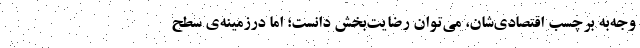
وجه‌به برچسب اقتصادی‌شان، می‌توان رضایت‌بخش دانست؛ اما درزمینه‌ی سطح